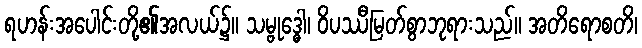
ရဟန်းအပေါင်းတို့၏အလယ်၌။ သမ္ဗုဒ္ဓေါ၊ ဝိပဿီမြတ်စွာဘုရားသည်။ အတိရောစတိ၊